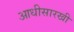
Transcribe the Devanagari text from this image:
आधीसारखी